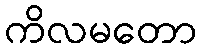
ကိလမတော